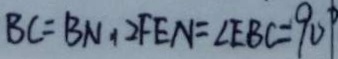
B C = B N , 2 F E N = \angle E B C = 9 0 ^ { \circ }